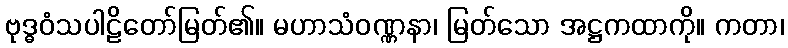
ဗုဒ္ဓဝံသပါဠိတော်မြတ်၏။ မဟာသံဝဏ္ဏနာ၊ မြတ်သော အဋ္ဌကထာကို။ ကတာ၊